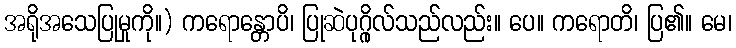
အရိုအသေပြုမှုကို။) ကရောန္တောပိ၊ ပြုဆဲပုဂ္ဂိုလ်သည်လည်း။ ပေ။ ကရောတိ၊ ပြ၏။ မေ၊